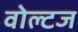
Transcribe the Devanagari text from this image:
वोल्टज